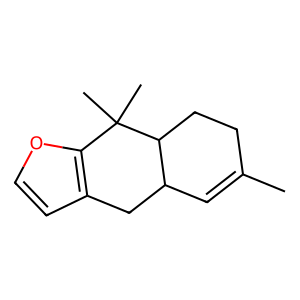
SMILES: CC1=CC2Cc3ccoc3C(C)(C)C2CC1
Inhibits HIV replication: No